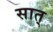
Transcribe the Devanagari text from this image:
सात्